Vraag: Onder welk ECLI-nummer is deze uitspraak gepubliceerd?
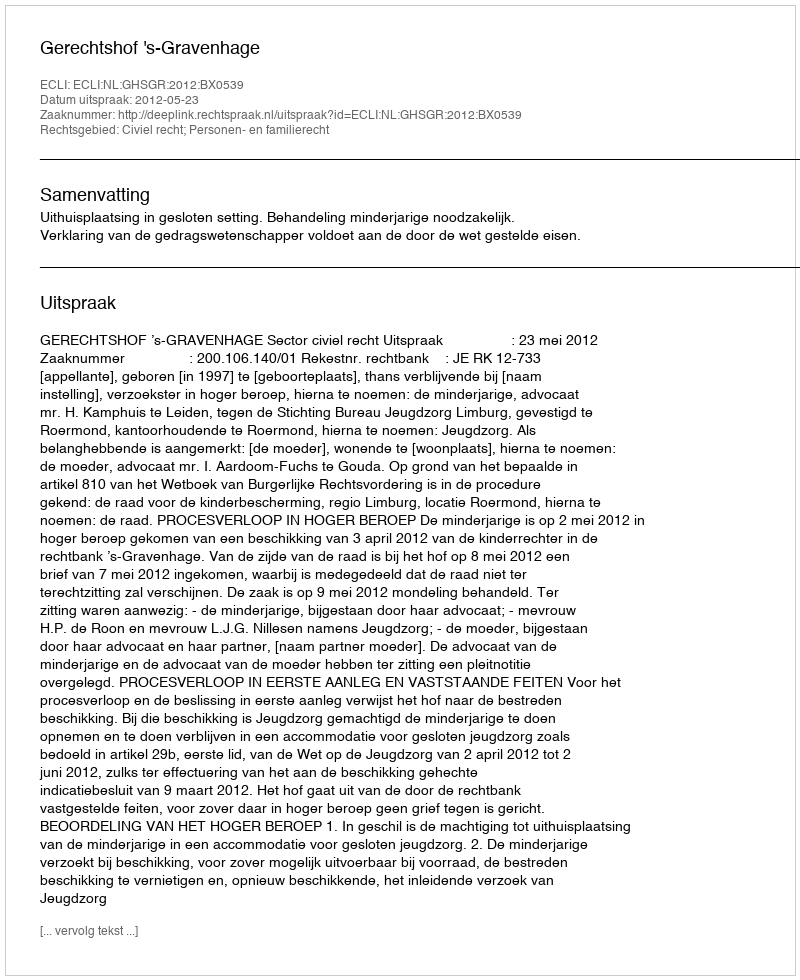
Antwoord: ECLI:NL:GHSGR:2012:BX0539